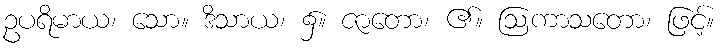
ဥပရိမာယ၊ သော။ ဒိသာယ၊ ၌။ ဇာတော၊ ၏။ ဩကာသတော၊ ဖြင့်။